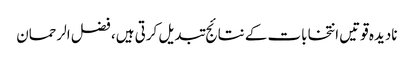
نادیدہ قوتیں انتخابات کے نتائج تبدیل کرتی ہیں، فضل الرحمان